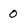
Character: 0